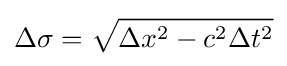
\Delta \sigma ={\sqrt {\Delta x^{2}-c^{2}\Delta t^{2}}}